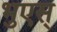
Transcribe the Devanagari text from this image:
भुएस्‌